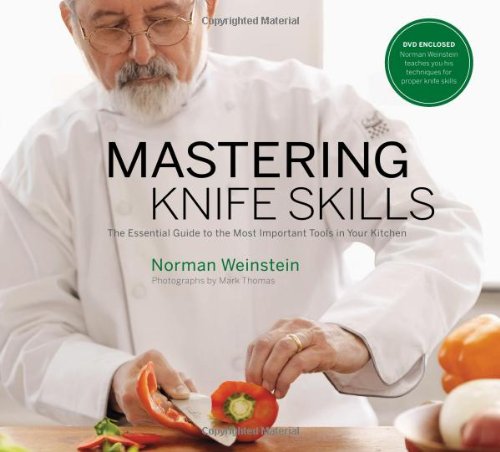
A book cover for Mastering Knife Skills: The Essential Guide to the Most Important Tools in Your Kitchen (with DVD); Norman Weinstein; Cookbooks, Food & Wine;